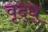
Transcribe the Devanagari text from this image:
वृद्ध्